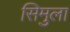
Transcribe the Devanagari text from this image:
सिमुला